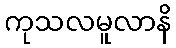
ကုသလမူလာနိ